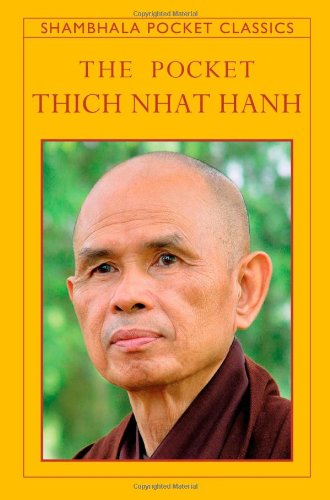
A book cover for The Pocket Thich Nhat Hanh (Shambhala Pocket Classics); Thich Nhat Hanh; Religion & Spirituality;